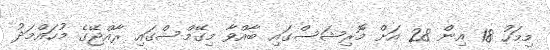
މިމަހު 18 އިން 28 އަށް މޮރިޝަސްގައި ބާއްވާ މިގޭމްސްގައި ރާއްޖޭގެ މުހައްމަދު